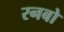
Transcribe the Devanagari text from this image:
रनबो